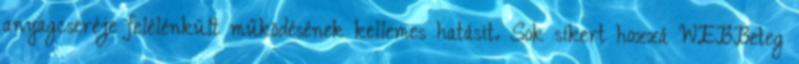
anyagcseréje felélénkült működésének kellemes hatásit. Sok sikert hozzá WEBBeteg